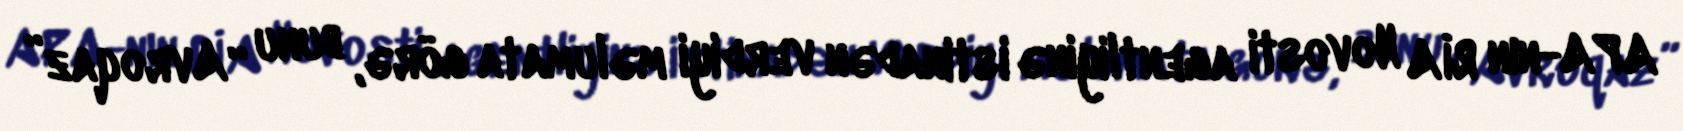
APA-nın RİA Novosti agentliyinə istinadən verdiyi məlumata görə, bunu “Avroqaz”